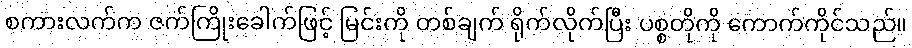
စကားလက်က ဇက်ကြိုးခေါက်ဖြင့် မြင်းကို တစ်ချက် ရိုက်လိုက်ပြီး ပစ္စတိုကို ကောက်ကိုင်သည်။